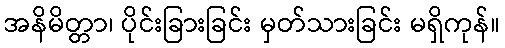
အနိမိတ္တာ၊ ပိုင်းခြားခြင်း မှတ်သားခြင်း မရှိကုန်။